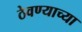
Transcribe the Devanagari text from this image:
ठेवण्‍याच्‍या